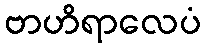
ဗာဟိရာလေပံ